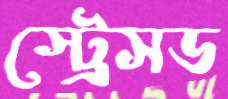
স্ট্রেসড